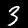
Label: 3